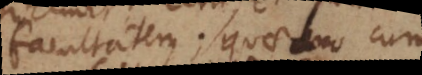
facultatem; quae duo cum